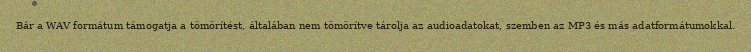
Bár a WAV formátum támogatja a tömörítést, általában nem tömörítve tárolja az audioadatokat, szemben az MP3 és más adatformátumokkal.